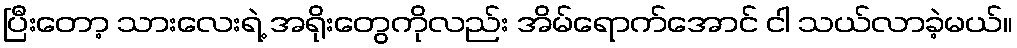
ပြီးတော့ သားလေးရဲ့ အရိုးတွေကိုလည်း အိမ်ရောက်အောင် ငါ သယ်လာခဲ့မယ်။